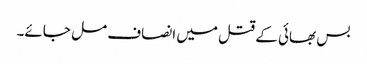
بس بھائی کے قتل میں انصاف مل جائے۔